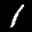
Label: 1